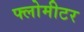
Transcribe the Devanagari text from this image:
फ्लोमीटर